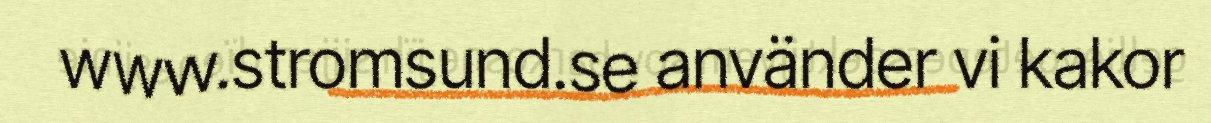
www.stromsund.se använder vi kakor